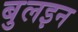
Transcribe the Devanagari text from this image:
बुलइन